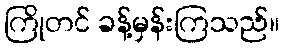
ကြိုတင် ခန့်မှန်းကြသည်။